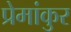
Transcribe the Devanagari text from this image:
प्रेमांकुर